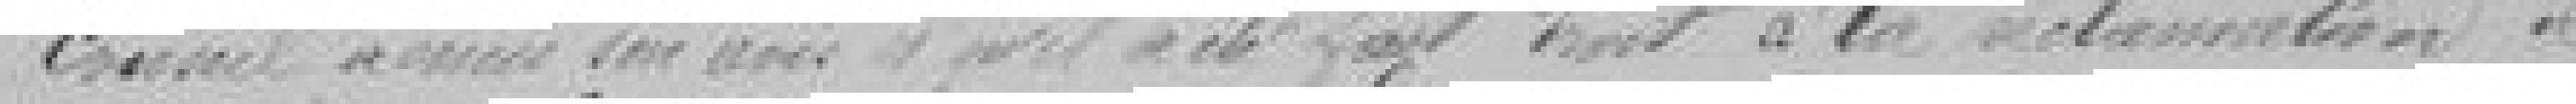
conseil n'émis son avis et qu'il a été fait droit à  la réclamation de